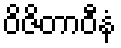
ဝိဇိတာဝီနံ